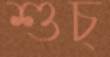
শুচ্